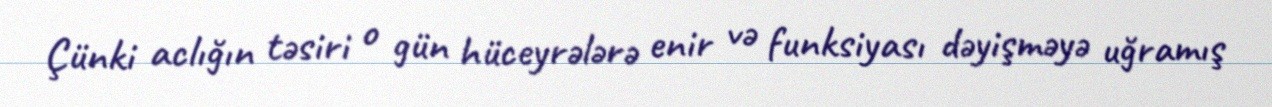
Çünki aclığın təsiri o gün hüceyrələrə enir və funksiyası dəyişməyə uğramış